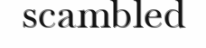
scambled